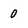
Character: 0